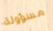
مسؤولة